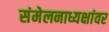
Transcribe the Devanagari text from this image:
संमेलनाध्यक्षांवर